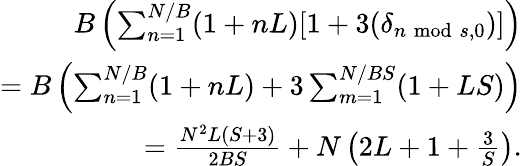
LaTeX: \begin{array}{r}{B\left(\sum_{n=1}^{N/B}(1+nL)[1+3(\delta_{n\; \mathrm{mod}\; s,0})]\right)}\\ {=B\left(\sum_{n=1}^{N/B}(1+nL)+3\sum_{m=1}^{N/BS}(1+LS)\right)}\\ {=\frac{N^{2}L(S+3)}{2BS}+N\left(2L+1+\frac{3}{S}\right).}\end{array}